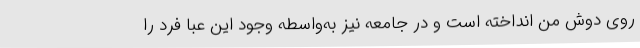
روی دوش من انداخته است و در جامعه نیز به‌واسطه وجود این عبا فرد را